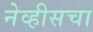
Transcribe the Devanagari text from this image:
नेव्हीसचा